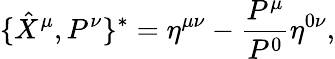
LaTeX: \{ \hat{X}^{\mu},P^{\nu}\} ^{*}=\eta^{\mu\nu}-\frac{P^{\mu}}{P^{0}}\eta^{0\nu},